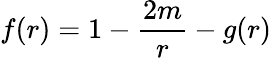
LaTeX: f(r)=1-\frac{2m}{r}-g(r)